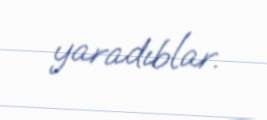
yaradıblar.